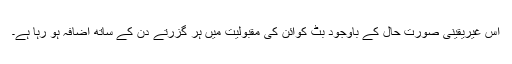
اس غیریقینی صورت حال کے باوجود بِٹ کوائن کی مقبولیت میں ہر گزرتے دن کے ساتھ اضافہ ہو رہا ہے۔